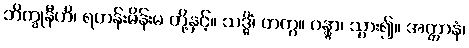
ဘိက္ခုနီဟိ၊ ရဟန်းမိန်းမ တို့နှင့်။ သဒ္ဓိံ၊ တကွ။ ဂန္တွာ၊ သွား၍။ အတ္တာနံ၊